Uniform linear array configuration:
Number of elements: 4
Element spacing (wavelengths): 0.75
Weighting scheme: hann
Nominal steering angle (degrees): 60
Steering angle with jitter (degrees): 61.528
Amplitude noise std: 0.05
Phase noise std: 0.05

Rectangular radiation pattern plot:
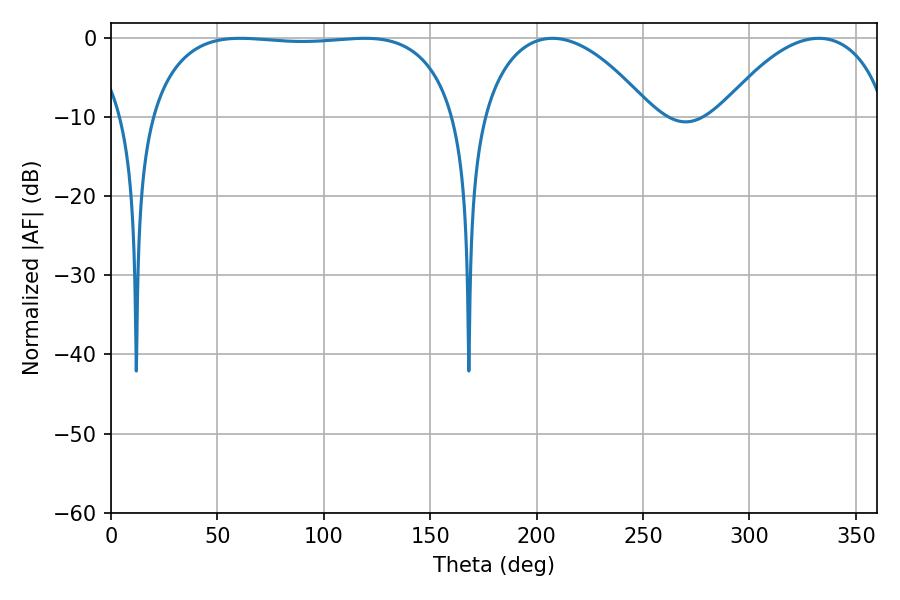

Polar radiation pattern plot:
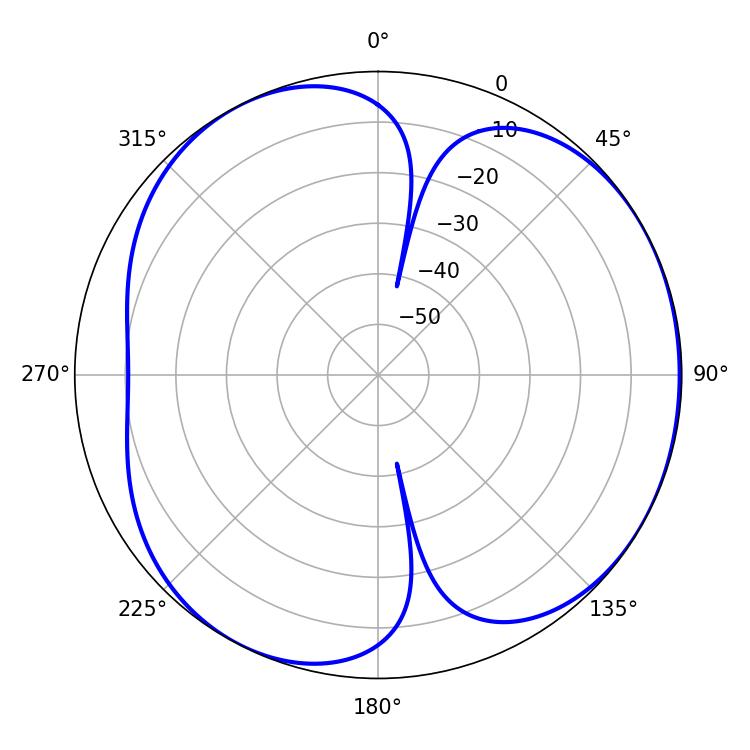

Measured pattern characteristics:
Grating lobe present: TRUE
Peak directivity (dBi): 4.378
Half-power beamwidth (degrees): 114.48
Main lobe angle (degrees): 60.66